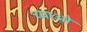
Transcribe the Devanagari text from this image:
च्याओ